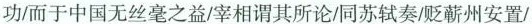
功而于中国无丝毫之益/宰相谓其所论/同苏轼奏/贬蕲州安置/